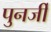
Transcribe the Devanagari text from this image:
पुनर्जी